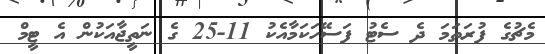
މެޗުގެ ފުރަތަމަ ދެ ސެޓު ފަސޭހަކަމާއެކު 11-25 ގެ ނަތީޖާއަކުން އެ ޓީމް